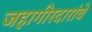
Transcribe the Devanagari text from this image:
जहागीरदारांचे